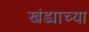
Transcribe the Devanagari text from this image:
खंड्याच्या